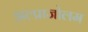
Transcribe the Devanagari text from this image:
अल्प्राजोलम